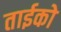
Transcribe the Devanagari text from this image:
ताईको